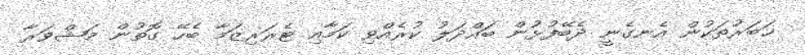
ޚަބަރުތަކުން އެނގެނީ ދެބޭފުޅުން ބައްދަލު ކުރެއްވި ކަމާއި ޓެރަރިޒަމާ ބެހޭ ގޮތުން މަޝްވަރާ